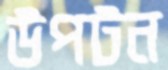
উপটন